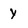
Character: Y